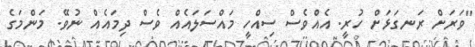
"ވަރަށް ރަނގަޅަށް ހުރީ. އެއްވެސް ސިއްހީ މައްސަލައެއް ވެސް ދިމައެއް ނުވޭ. މަންމަގެ